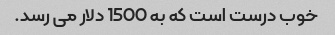
خوب درست است که به 1500 دلار می رسد.